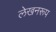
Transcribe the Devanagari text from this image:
लेखनरूप